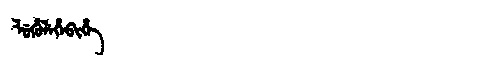
Manchu: ᠯᡠᡥᡠᠯᡝᡥᡝᠪᡳᡥᡝ
Romanization: LUHULEHEBIHE